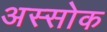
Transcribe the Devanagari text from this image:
अस्सोक